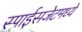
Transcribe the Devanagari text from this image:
स्पाईसजेटमध्ये